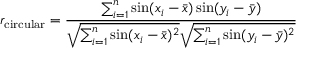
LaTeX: r _ { \mathrm { c i r c u l a r } } = { \frac { \sum _ { i = 1 } ^ { n } \sin ( x _ { i } - { \bar { x } } ) \sin ( y _ { i } - { \bar { y } } ) } { { \sqrt { \sum _ { i = 1 } ^ { n } \sin ( x _ { i } - { \bar { x } } ) ^ { 2 } } } { \sqrt { \sum _ { i = 1 } ^ { n } \sin ( y _ { i } - { \bar { y } } ) ^ { 2 } } } } }